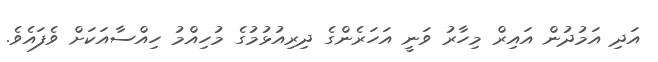
އަދި އަމުދުން އައިރް މިހާރު ވަނީ އަހަރެންގެ ދިރިއުޅުމުގެ މުހިއްމު ހިއްސާއަކަށް ވެފައެވެ.